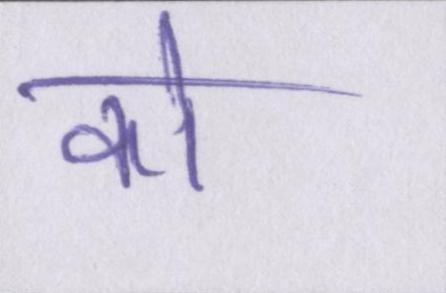
को